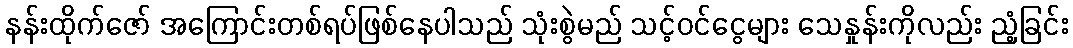
နန်းထိုက်ဇော် အကြောင်းတစ်ရပ်ဖြစ်နေပါသည် သုံးစွဲမည် သင့်ဝင်ငွေများ သေနှုန်းကိုလည်း ညံ့ခြင်း